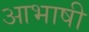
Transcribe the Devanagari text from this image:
आभाषी